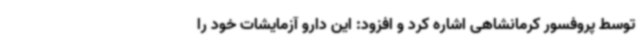
توسط پروفسور کرمانشاهی اشاره کرد و افزود: این دارو آزمایشات خود را